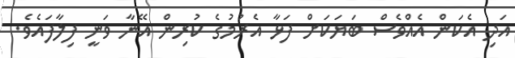
އަދި އެކަން އެއްވެސް ބަޔަކަށް ފަޅާ އެރުމުގެ ކުރިން އޭނާ ވަނީ ފިލާފައެވެ.